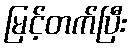
မြင့်တက်ပြီး